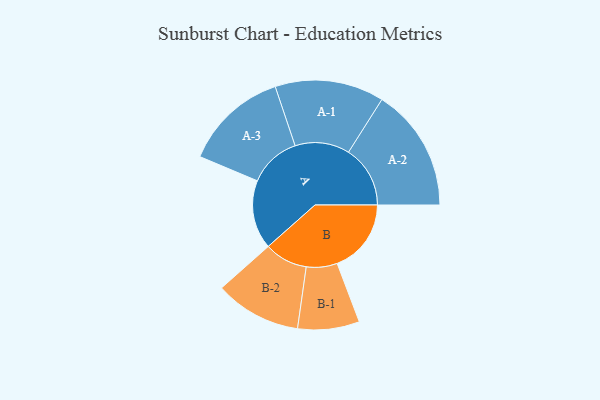
{"axis": {"x": "Segment", "y": "Value"}, "legend": ["", "A", "B"], "data": [{"x": "A", "y": 250, "type": ""}, {"x": "B", "y": 269, "type": ""}, {"x": "A-1", "y": 198, "type": "A"}, {"x": "A-2", "y": 224, "type": "A"}, {"x": "A-3", "y": 189, "type": "A"}, {"x": "B-1", "y": 112, "type": "B"}, {"x": "B-2", "y": 157, "type": "B"}]}